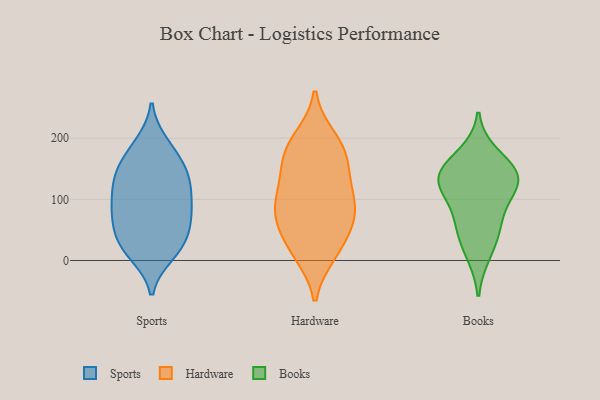
{"axis": {"x": "Latency (ms)", "y": "Value"}, "legend": ["Books", "Hardware", "Sports"], "data": [{"x": "", "y": 45, "type": "Sports"}, {"x": "", "y": 95, "type": "Sports"}, {"x": "", "y": 58, "type": "Sports"}, {"x": "", "y": 94, "type": "Sports"}, {"x": "", "y": 11, "type": "Sports"}, {"x": "", "y": 190, "type": "Sports"}, {"x": "", "y": 23, "type": "Sports"}, {"x": "", "y": 84, "type": "Sports"}, {"x": "", "y": 23, "type": "Sports"}, {"x": "", "y": 182, "type": "Sports"}, {"x": "", "y": 142, "type": "Sports"}, {"x": "", "y": 143, "type": "Sports"}, {"x": "", "y": 75, "type": "Sports"}, {"x": "", "y": 19, "type": "Sports"}, {"x": "", "y": 67, "type": "Sports"}, {"x": "", "y": 137, "type": "Sports"}, {"x": "", "y": 167, "type": "Sports"}, {"x": "", "y": 124, "type": "Sports"}, {"x": "", "y": 124, "type": "Sports"}, {"x": "", "y": 73, "type": "Hardware"}, {"x": "", "y": 15, "type": "Hardware"}, {"x": "", "y": 200, "type": "Hardware"}, {"x": "", "y": 78, "type": "Hardware"}, {"x": "", "y": 115, "type": "Hardware"}, {"x": "", "y": 194, "type": "Hardware"}, {"x": "", "y": 61, "type": "Hardware"}, {"x": "", "y": 122, "type": "Hardware"}, {"x": "", "y": 170, "type": "Hardware"}, {"x": "", "y": 80, "type": "Hardware"}, {"x": "", "y": 173, "type": "Hardware"}, {"x": "", "y": 11, "type": "Hardware"}, {"x": "", "y": 162, "type": "Hardware"}, {"x": "", "y": 22, "type": "Hardware"}, {"x": "", "y": 121, "type": "Hardware"}, {"x": "", "y": 71, "type": "Hardware"}, {"x": "", "y": 58, "type": "Books"}, {"x": "", "y": 91, "type": "Books"}, {"x": "", "y": 135, "type": "Books"}, {"x": "", "y": 143, "type": "Books"}, {"x": "", "y": 47, "type": "Books"}, {"x": "", "y": 11, "type": "Books"}, {"x": "", "y": 124, "type": "Books"}, {"x": "", "y": 173, "type": "Books"}, {"x": "", "y": 128, "type": "Books"}, {"x": "", "y": 142, "type": "Books"}]}